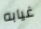
غيابه